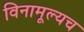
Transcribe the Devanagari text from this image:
विनामूल्यच